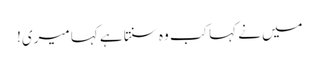
میں نے کہا کب وہ سنتا ہے کہا میری!